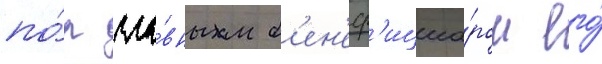
по́р гла́вным б'ен'еф'ициа́ром его́